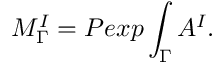
M _ { \Gamma } ^ { I } = P e x p \int _ { \Gamma } A ^ { I } .